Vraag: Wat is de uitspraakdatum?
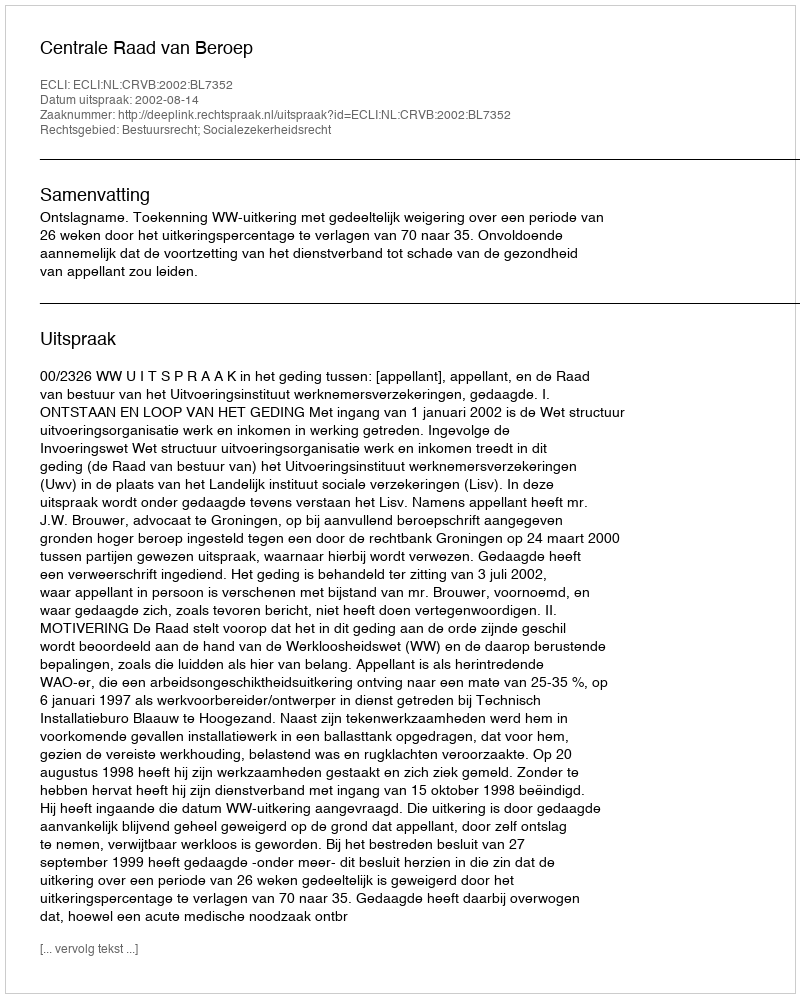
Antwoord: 2002-08-14